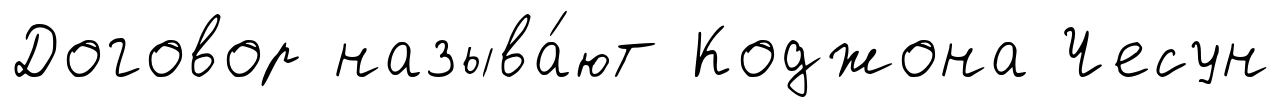
Договор называ́ют Коджона Чесун